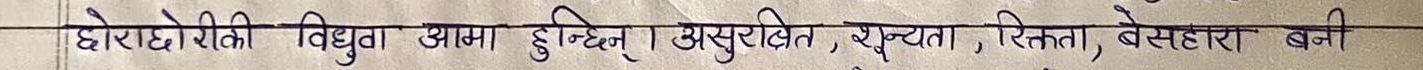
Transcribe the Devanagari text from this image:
छोराछोरीकी विधुवा आम्मा हुनिन् । असुरक्षित, शून्यता, रिक्तता, बेसहारा बनी